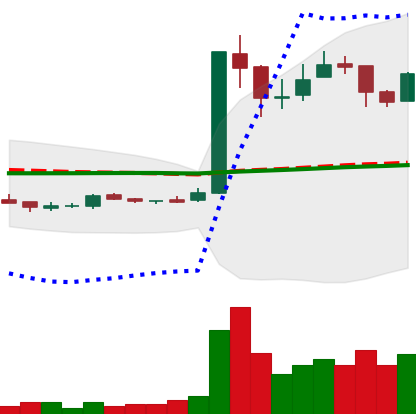
Ticker: LTC-USD
Chart end date: 2017-01-01
Forward return: -14.415%
Label: down_7plus